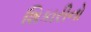
શિકારીનો